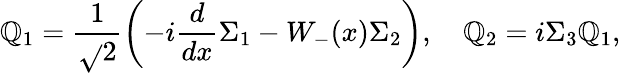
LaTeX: {\cal\mathbb{Q}}_{1}=\frac{{1}}{{\sqrt{}{{2}}}}\left(-i\frac{{d}}{{dx}}{\Sigma_{1}}-W_{-}(x)\Sigma_{2}\right),\quad{\cal\mathbb{Q}}_{2}=i\Sigma_{3}{\cal\mathbb{Q}}_{1},